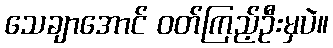
သေချာအောင် ဝတ်ကြည့်ဦးမှပဲ။